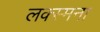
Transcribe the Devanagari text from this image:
लक्स्मना